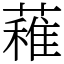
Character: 䕌